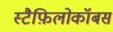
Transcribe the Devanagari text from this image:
स्टैफ़िलोकॉबस